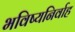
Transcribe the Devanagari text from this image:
भविष्यनिर्वाह